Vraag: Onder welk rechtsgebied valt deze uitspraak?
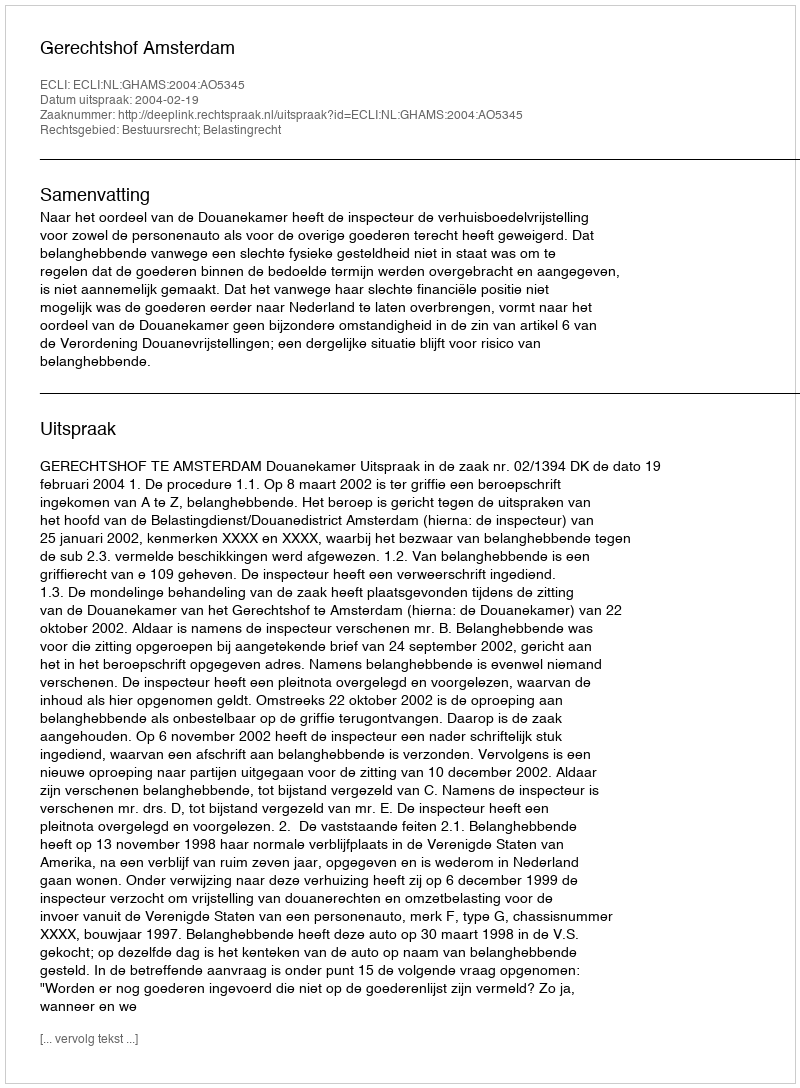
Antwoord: Bestuursrecht; Belastingrecht